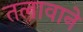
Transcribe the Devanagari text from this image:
तलावाने